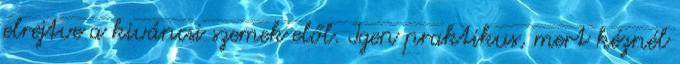
elrejtve a kiváncsi szemek elől. Igen praktikus, mert kéznél